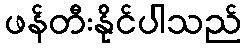
ဖန်တီးနိုင်ပါသည်